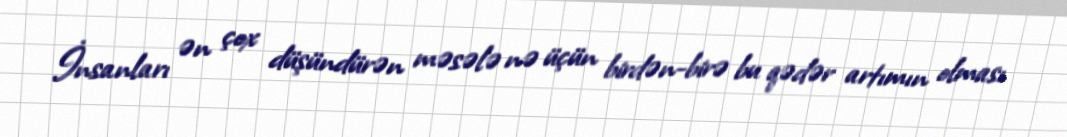
İnsanları ən çox düşündürən məsələ nə üçün birdən-birə bu qədər artımın olması